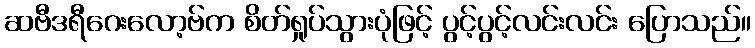
ဆဗီဒရီဂေးလော့ဗ်က စိတ်ရှုပ်သွားပုံဖြင့် ပွင့်ပွင့်လင်းလင်း ပြောသည်။